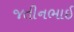
જતીનભાઈ